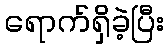
ရောက်ရှိခဲ့ပြီး